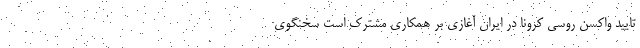
تایید واکسن روسی کرونا در ایران آغازی بر همکاری مشترک است سخنگوی